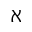
\aleph